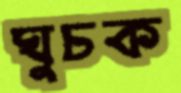
ঘুচক